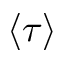
\left\langle \tau \right\rangle